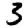
Digit: 3